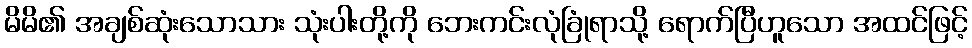
မိမိ၏ အချစ်ဆုံးသောသား သုံးပါးတို့ကို ဘေးကင်းလုံခြုံရာသို့ ရောက်ပြီဟူသော အထင်ဖြင့်